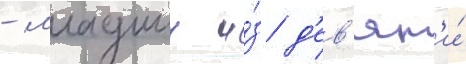
- младшии и́з д'ев'ят'и́